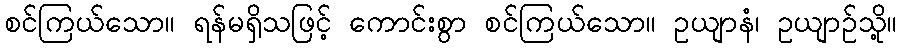
စင်ကြယ်သော။ ရန်မရှိသဖြင့် ကောင်းစွာ စင်ကြယ်သော။ ဥယျာနံ၊ ဥယျာဉ်သို့။